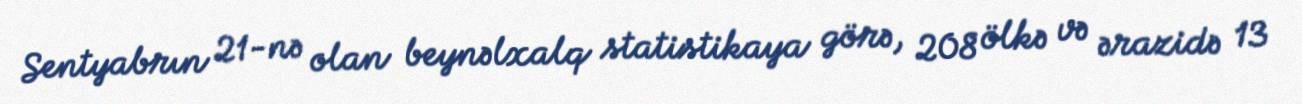
Sentyabrın 21-nə olan beynəlxalq statistikaya görə, 208 ölkə və ərazidə 13